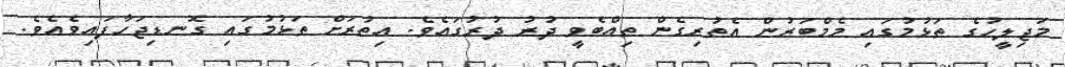
މަޖިލީހުގެ ތަޅުމުގައި މެމްބަރުން އެތުރިގެން ތިއްބެވީ ދުރު ދުރުގައެވެ. އިތުރަށް ތަޅުމުގައި ގޮނޑިޖަހާފައިވެއެވެ.